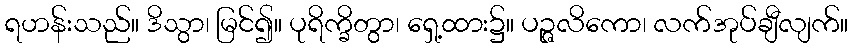
ရဟန်းသည်။ ဒိသွာ၊ မြင်၍။ ပုရိက္ခိတွာ၊ ရှေ့ထား၌။ ပဉ္ဇလိကော၊ လက်အုပ်ချီလျက်။